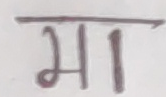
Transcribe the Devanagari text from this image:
मा